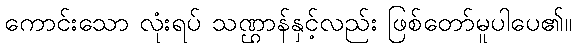
ကောင်းသော လုံးရပ် သဏ္ဌာန်နှင့်လည်း ဖြစ်တော်မူပါပေ၏။